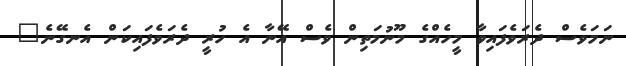
ނަމަވެސް ދެރަވެފައިވާ މީހެއްގެ މޫނުމަތިން ވެސް އޭނާ އެ ހުރީ ދެރަވެފައިކަން އެނގޭނެ"